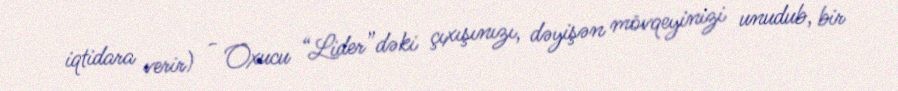
iqtidara verir) - Oxucu “Lider”dəki çıxışınızı, dəyişən mövqeyinizi unudub, bir